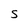
Character: S